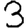
Digit: 3